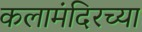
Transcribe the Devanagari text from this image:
कलामंदिरच्या